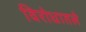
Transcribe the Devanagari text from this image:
विरोधातले